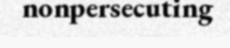
nonpersecuting